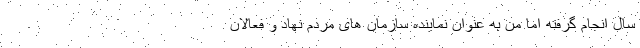
سال انجام گرفته اما من به عنوان نماینده سازمان های مردم نهاد و فعالان